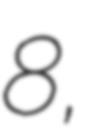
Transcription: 8,